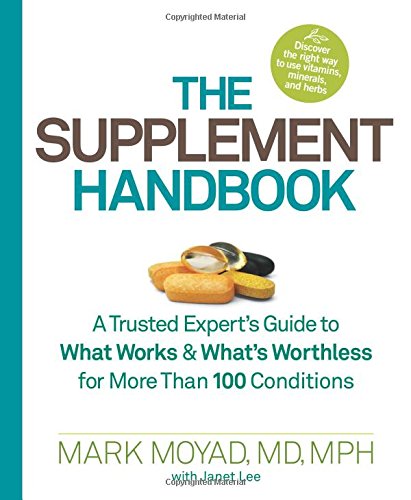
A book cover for The Supplement Handbook: A Trusted Expert's Guide to What Works & What's Worthless for More Than 100 Conditions; Mark Moyad; Health, Fitness & Dieting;